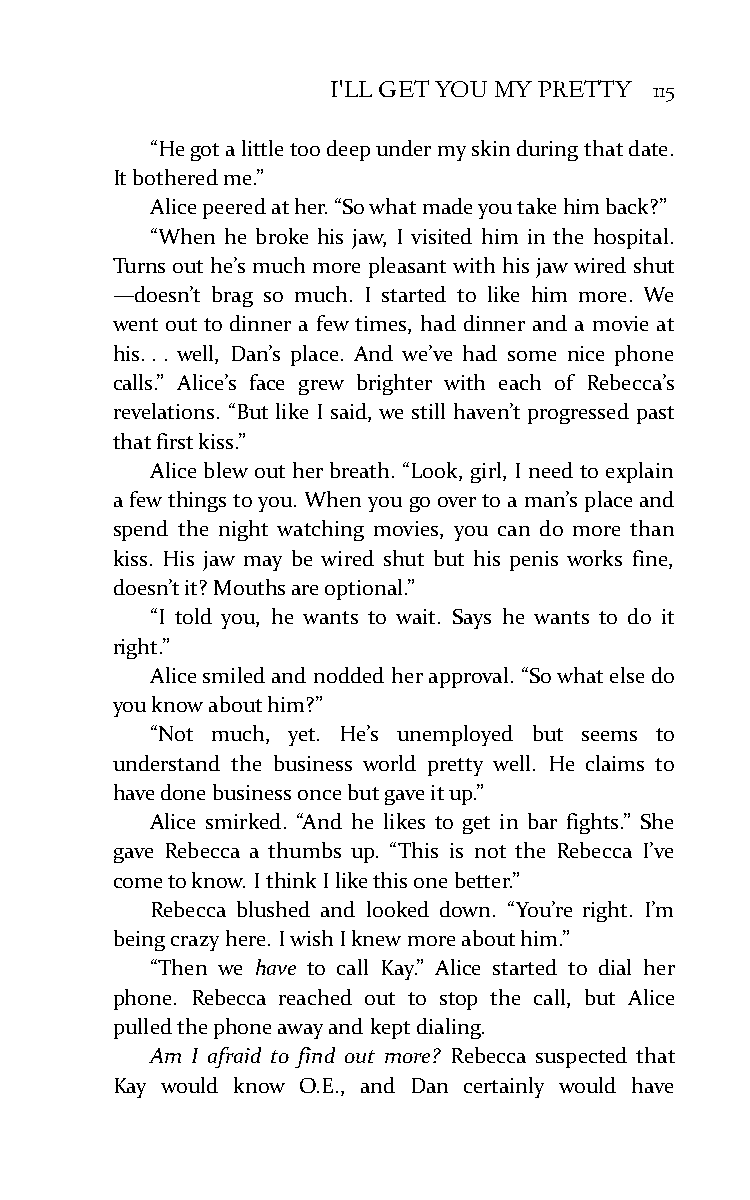
I'LL GET YOU MY PRETTY 115
 “He got a little too deep under my skin during that date.
 It bothered me.”
 Alice peered at her. “So what made you take him back?”
 “When he broke his jaw, I visited him in the hospital.
 Turns out he’s much more pleasant with his jaw wired shut
 —doesn’t brag so much. I started to like him more. We
 went out to dinner a few times, had dinner and a movie at
 his. . . well, Dan’s place. And we’ve had some nice phone
 calls.” Alice’s face grew brighter with each of Rebecca’s
 revelations. “But like I said, we still haven’t progressed past
 that first kiss.”
 Alice blew out her breath. “Look, girl, I need to explain
 a few things to you. When you go over to a man’s place and
 spend the night watching movies, you can do more than
 kiss. His jaw may be wired shut but his penis works fine,
 doesn’t it? Mouths are optional.”
 “I told you, he wants to wait. Says he wants to do it
 right.”
 Alice smiled and nodded her approval. “So what else do
 you know about him?”
 “Not much, yet. He’s unemployed but seems to
 understand the business world pretty well. He claims to
 have done business once but gave it up.”
 Alice smirked. “And he likes to get in bar fights.” She
 gave Rebecca a thumbs up. “This is not the Rebecca I’ve
 come to know. I think I like this one better.”
 Rebecca blushed and looked down. “You’re right. I’m
 being crazy here. I wish I knew more about him.”
 “Then we have to call Kay.” Alice started to dial her
 phone. Rebecca reached out to stop the call, but Alice
 pulled the phone away and kept dialing.
 Am I afraid to find out more? Rebecca suspected that
 Kay would know O.E., and Dan certainly would have